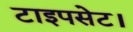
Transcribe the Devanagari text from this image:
टाइपसेट।